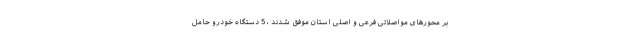
بر محورهای مواصلاتی فرعی و اصلی استان موفق شدند ، 5 دستگاه خودرو حامل